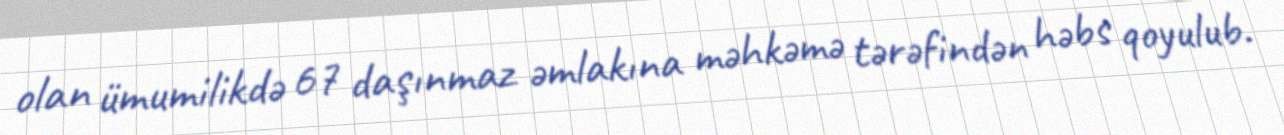
olan ümumilikdə 67 daşınmaz əmlakına məhkəmə tərəfindən həbs qoyulub.